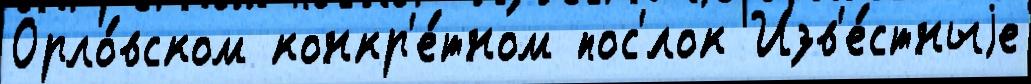
Орло́вском конкр'е́тном пос'́лок Изв'е́стныjе